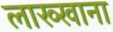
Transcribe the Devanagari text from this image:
लाख्खाना